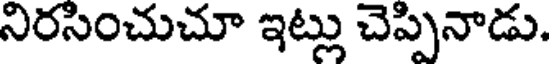
నిరసించుచూ ఇట్లు చెప్పినాడు.